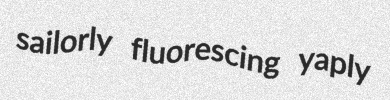
sailorly fluorescing yaply